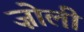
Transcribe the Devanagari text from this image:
ज़ोली